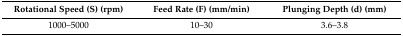
| Rotational Speed (S) (rpm) | Feed Rate (F) (mm/min) | Plunging Depth (d) (mm) |
 | --- | --- | --- |
 | 1000–5000 | 10–30 | 3.6–3.8 |